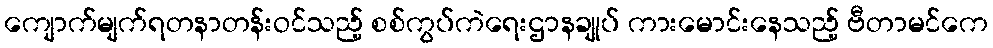
ကျောက်မျက်ရတနာတန်းဝင်သည့် စစ်ကွပ်ကဲရေးဌာနချုပ် ကားမောင်းနေသည့် ဗီတာမင်ကေ